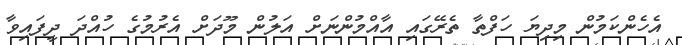
އެހެންކަމުން މިދިޔަ ހަފްތާ ތެރޭގައި އާއްމުންނަށް އަލުން މޫދަށް އެރުމުގެ ހުއްދަ ދީފައިވާ